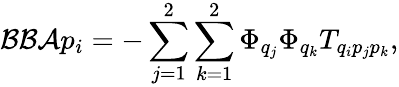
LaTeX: \mathcal{B}\mathcal{B}\mathcal{A}p_{i}=-\sum_{j=1}^{2}\sum_{k=1}^{2}\Phi_{q_{j}}\Phi_{q_{k}}T_{q_{i}p_{j}p_{k}},